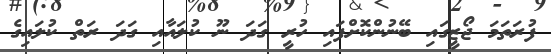
ފުރަތަމަ ޖޯޒީގައި ބޭނުންކޮށްފައި ހުރީ ގަދަ ނޫ ކުލައާއި ގަދަ ރަތް ކުލައިގެ